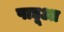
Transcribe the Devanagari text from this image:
पाद्यूआ